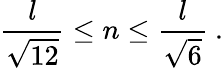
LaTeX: {\frac{l}{\sqrt{12}}}\leq n\leq{\frac{l}{\sqrt{6}}}\ .